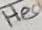
Text: 3.3V